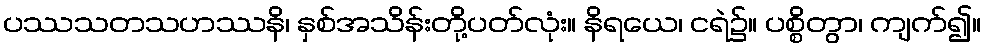
ပဿသတသဟဿနိ၊ နှစ်အသိန်းတို့ပတ်လုံး။ နိရယေ၊ ငရဲ၌။ ပစ္စိတွာ၊ ကျက်၍။